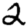
Digit: 2